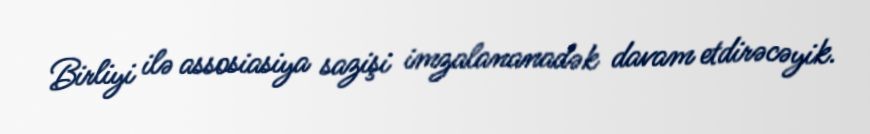
Birliyi ilə assosiasiya sazişi imzalananadək davam etdirəcəyik.